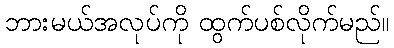
ဘားမယ်အလုပ်ကို ထွက်ပစ်လိုက်မည်။